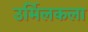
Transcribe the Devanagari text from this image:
उर्मिलकला